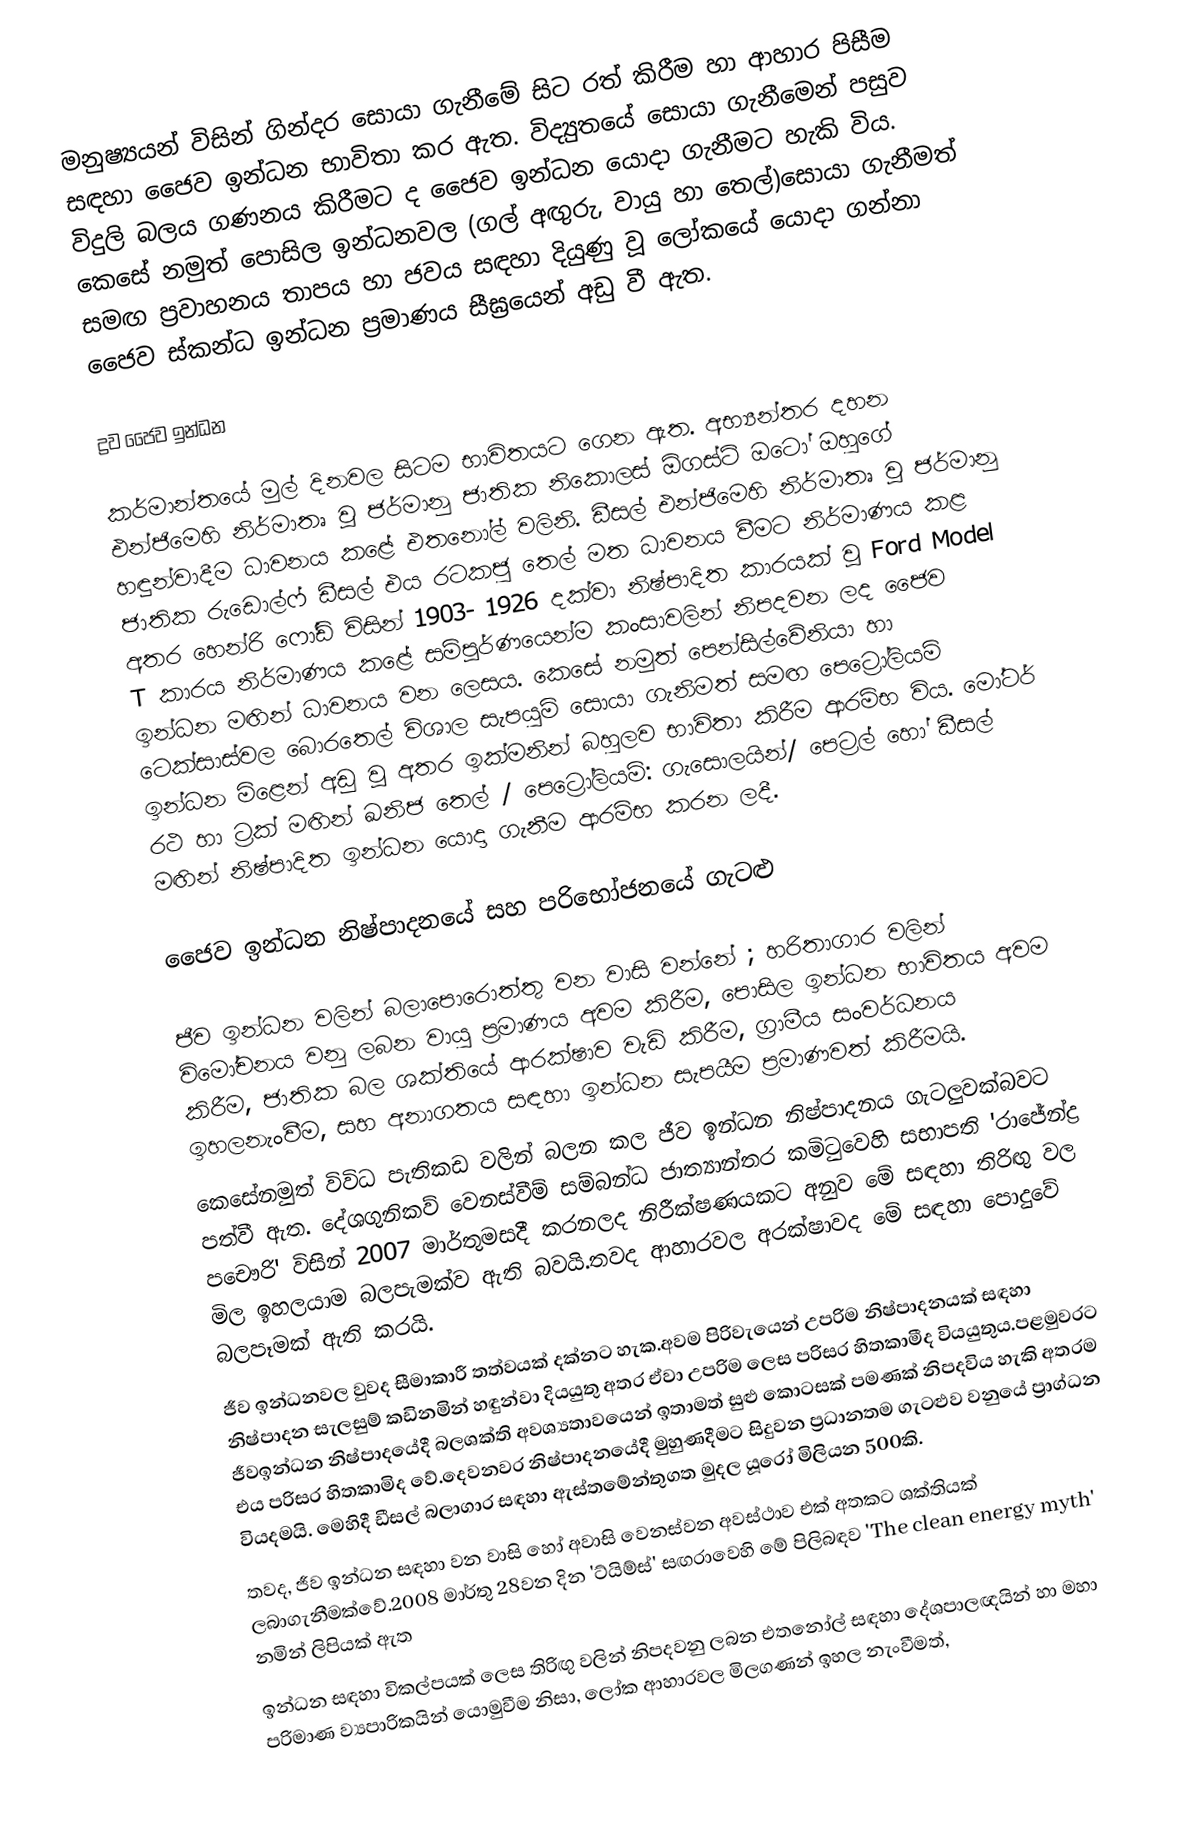
මනුෂ්‍යයන් විසින් ගින්දර සොයා ගැනීමේ සිට රත් කිරීම හා ආහාර පිසීම සඳහා ජෛව ඉන්ධන භාවිතා කර ඇත. විද්‍යුතයේ සොයා ගැනීමෙන් පසුව විදුලි බලය ගණනය කිරීමට ද ජෛව ඉන්ධන යොදා ගැනීමට හැකි විය. කෙසේ නමුත් පොසිල ඉන්ධනවල (ගල් අඟුරු, වායු හා තෙල්)සොයා ගැනීමත් සමඟ ප්‍රවාහනය තාපය හා ජවය සඳහා දියුණු වූ ලෝකයේ යොදා ගන්නා ජෛව ස්කන්ධ ඉන්ධන ප්‍රමාණය සීඝ්‍රයෙන් අඩු වී ඇත.

ද්‍රව ජෛව ඉන්ධන

කර්මාන්තයේ මුල් දිනවල සිටම භාවිතයට ගෙන ඇත. අභ්‍යන්තර දහන එන්ජිමෙහි නිර්මාතෘ වූ ජර්මානු ජාතික නිකොලස් ඕගස්ට් ඔටෝ ඔහුගේ හඳුන්වාදීම ධාවනය කළේ එතනෝල් වලිනි. ඩීසල් එන්ජිමෙහි නිර්මාතෘ වූ ජර්මානු ජාතික රුඩොල්ෆ් ඩීසල් එය රටකජු තෙල් මත ධාවනය වීමට නිර්මාණය කළ අතර හෙන්රි ෆෝඩ් විසින් 1903- 1926 දක්වා නිෂ්පාදිත කාරයක් වූ Ford Model T කාරය නිර්මාණය කළේ සම්පූර්ණයෙන්ම  කංසාවලින් නිපදවන ලද ජෛව ඉන්ධන මඟින් ධාවනය වන ලෙසය. කෙසේ නමුත් පෙන්සිල්වේනියා හා ටෙක්සාස්වල බොරතෙල් විශාල සැපයුම් සොයා ගැනිමත් සමඟ පෙට්‍රෝලියම් ඉන්ධන මිළෙන් අඩු වූ අතර ඉක්මනින් බහුලව භාවිතා කිරීම ආරම්භ විය. මෝටර් රථ හා ට්‍රක් මඟින් ඛනිජ තෙල් / පෙට්‍රෝලියම්: ගැසොලයින්/ පෙට්‍රල් හෝ ඩීසල් මඟින් නිෂ්පාදිත ඉන්ධන යොදා ගැනීම ආරම්භ කරන ලදී.

ජෛව ඉන්ධන නිෂ්පාදනයේ සහ පරිභෝජනයේ ගැටළු

ජීව ඉන්ධන වලින් බලාපොරොත්තු වන වාසි වන්නේ ; හරිතාගාර වලින් විමෝචනය වනු ලබන වායු ප්‍රමාණය අවම කිරීම, පොසිල ඉන්ධන භාවිතය අවම කිරීම, ජාතික බල ශක්තියේ ආරක්ෂාව වැඩි කිරීම, ග්‍රාමීය සංවර්ධනය ඉහලනැංවීම, සහ අනාගතය සඳහා ඉන්ධන සැපයීම ප්‍රමාණවත් කිරීමයි.
කෙසේනමුත් විවිධ පැතිකඩ වලින් බලන කල ජීව ඉන්ධන නිෂ්පාදනය ගැටලුවක්බවට පත්වී ඇත. දේශගුනිකව් වෙනස්වීම් සම්බන්ධ ජාත්‍යාන්තර කමිටුවෙහි සභාපති 'රාජේන්ද්‍ර පචෞරි'  විසින් 2007 මාර්තුමසදී කරනලද නිරීක්ෂණයකට අනුව මේ සඳහා තිරිඟු වල මිල ඉහලයාම බලපැමක්ව ඇති බවයි.තවද ආහාරවල අරක්ෂාවද මේ සඳහා පොදුවේ බලපෑමක් ඇති කරයි.
ජීව ඉන්ධනවල වුවද සීමාකාරී තත්වයක් දක්නට හැක.අවම පිරිවැයෙන් උපරිම නිෂ්පාදනයක් සඳහා නිෂ්පාදන සැලසුම් කඩිනමින් හඳුන්වා දිය‍යුතු අතර ඒවා උපරිම ලෙස පරිසර හිතකාමීද වියයුතුය.පළමුවරට ජීවඉන්ධන නිෂ්පාදයේදී බලශක්ති අවශ්‍යතාවයෙන් ඉතාමත් සුළු කොටසක් පමණක් නිපදවිය හැකි අතරම එය පරිසර හිතකාමිද වේ.දෙවනවර නිෂ්පාදනයේදී මුහුණදීමට සිදුවන ප්‍රධානතම ගැටළුව වනුයේ ප්‍රාග්ධන වියදමයි. මෙහිදී ඩීසල් බලාගාර සඳහා ඇස්තමේන්තුගත මුදල යූරෝ මිලියන 500කි.
තවද, ජීව ඉන්ධන සඳහා වන වාසි හෝ අවාසි වෙනස්වන අවස්ථාව එක් අතකට ශක්තියක් ලබාගැනීමක්වේ.2008 මාර්තු 28වන දින 'ට්යිම්ස්' සඟරාවෙහි මේ පිලිබඳව 'The clean energy myth' නමින් ලිපියක් ඇත
ඉන්ධන  සඳහා විකල්පයක් ලෙස තිරිඟු වලින් නිපදවනු ලබන එතනෝල් සඳහා දේශපාලඥයින් හා මහා පරිමාණ  ව්‍යපාරිකයින් යොමුවීම නිසා, ලෝක ආහාරවල මිලගණන් ඉහල නැංවීමත්,